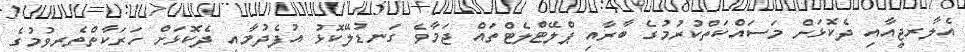
އެލާރޖީއާއި ދެކޮޅަށް މަސައްކަތްކުރުމުގެ ބާރާއި ޕްލޭޓްލެޓްތައް ޖަމާވެ ގަނޑުލޭކޮޅު އުފެދުމާއި ދެކޮޅަށް ހަރަކާތްތެރިވުމުގެ